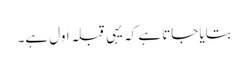
بتایا جاتا ہے کہ یہی قبلہ اول ہے۔